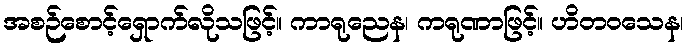
အစဉ်စောင့်ရှောက်လိုသဖြင့်။ ကာရုညေန၊ ကရုဏာဖြင့်။ ဟိတဝသေန၊